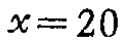
$x = 20$